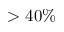
> 4 0 \%